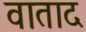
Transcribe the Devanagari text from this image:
वाताद